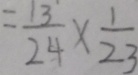
= \frac { 1 3 } { 2 4 } \times \frac { 1 } { 2 3 }